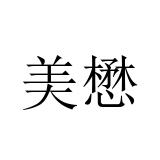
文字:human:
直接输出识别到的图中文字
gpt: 美懋